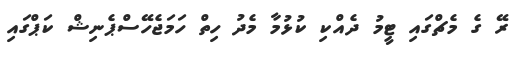
ރޭ ގެ މެޗްގައި ޓީމު ދެއްކި ކުޅުމާ މެދު ހިތް ހަމަޖެހޭސްޕެނިޝް ކަޕްގައި